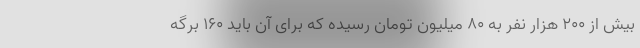
بیش از ۲۰۰ هزار نفر به ۸۰ میلیون تومان رسیده که برای آن باید ۱۶۰ برگه